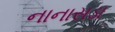
નાનાસડા